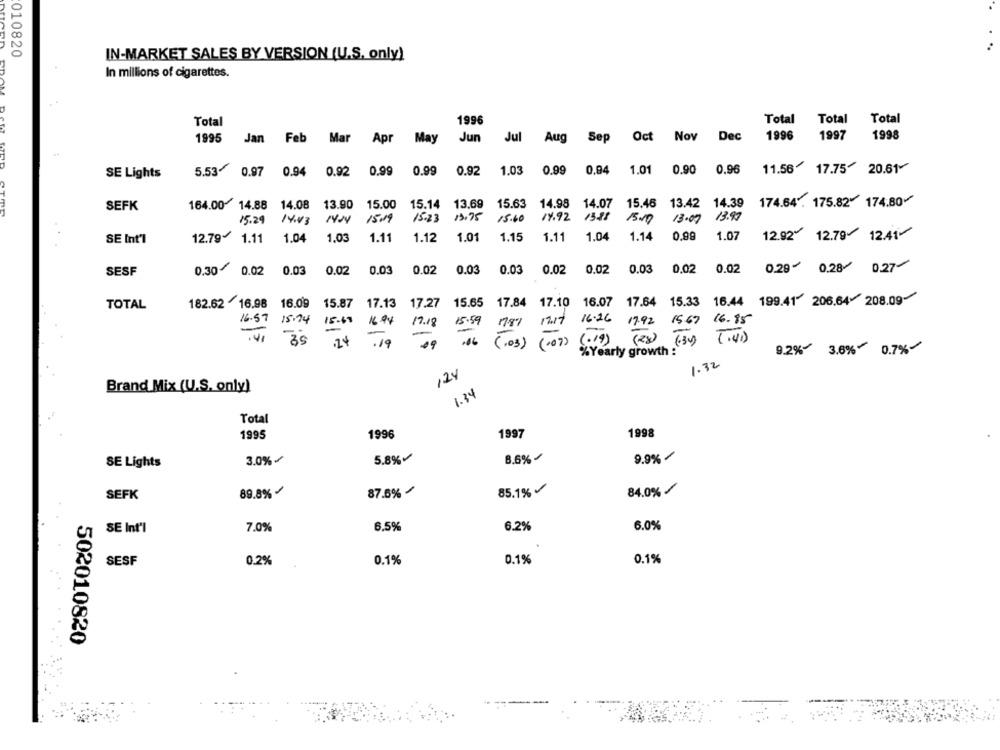
010820
IN-MARKET SALES BY VERSION (U.S. only)
In millions of cigarettes.
EDAM
1996
Total
Total
Total
Total
1997
1998
1995
Jan Feb Mar
Apr
May
Jun
Jul
Aug
Sep
Oct Nov Dec
1996
5.53-
0.97
0.94
0.92
0.99
0.99
0.92
1.03
0.99
0,94
1.01
0.90
0.96
11.56 17.75 20.61-
SE Lights
164.00 14.88 14.08 13.90 15.00 15.14 13.69 15.63 14.98 14.07 15.46 13.42 14.39 174.64. 175.82" 174:80-
SEFK
14.07
13.97
15.29 14:43 1424 1509
15.23 13.75 15.60
14.92 1388 15.00 13:07
SE Int'l
12.79 1.11 1.04 1.03 1.11
1.12 1.01
1.15
1.11 1.04
1.14 0.99
1.07
12.92* 12.79 12.41
SESF
0.30
0.02
0.03
0.02
0.03
0.02
0.03
0.03
0.02
0.02
0.03
0.02
0.02
0.29 0.28/ 0.27
15.65 17.84 17.10 16.07 17.64 15.33 16.44 199.41 206.64 208.09-
TOTAL
182.62 16.98 16.09
15.87 17.13
17.27
16.57 15:24 15:68
16.94
17.18
15.59 17.87 17.17 16:26
17.92 15.67 16.85
-
-
(3) (.41)
.41
3's
.24
.19
09 .06 ( . 03) ( 107) ( .19) ( Rx) (34) (.41)
(.03)
( 107)
%Yearly growth :
9.2%-
3.6%0.7%-
1.32
124
Brand Mix (U.S. only)
1.34
Total
1995
1996
1997
1998
9.9%
SE Lights
3.0%
5.8%
8.6% -
SEFK
89.8% -
87.6%
85.1%
84.0% /
SE Int'l
7.0%
6.5%
6.2%
6.0%
SESF
0.2%
0.1%
0.1%
0.1%
502010820